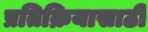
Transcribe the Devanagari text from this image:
प्रतिक्रियासाठी